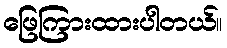
ဖြေကြားထားပါတယ်။